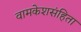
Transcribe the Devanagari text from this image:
वामकेशसंहिता